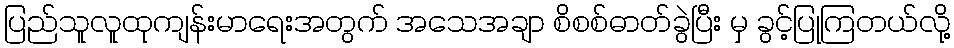
ပြည်သူလူထုကျန်းမာရေးအတွက် အသေအချာ စိစစ်ဓာတ်ခွဲပြီး မှ ခွင့်ပြုကြတယ်လို့